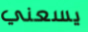
يسعني